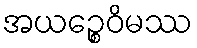
အယဉ္စေဝိမဿ